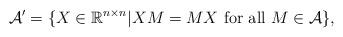
LaTeX: \begin{align*}\mathcal{A'} = \{X \in \mathbb{R}^{n \times n} | XM=MX \textrm{ for all } M \in \mathcal{A} \},\end{align*}